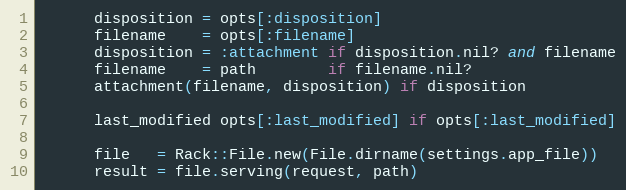
Language: Ruby
      disposition = opts[:disposition]
      filename    = opts[:filename]
      disposition = :attachment if disposition.nil? and filename
      filename    = path        if filename.nil?
      attachment(filename, disposition) if disposition

      last_modified opts[:last_modified] if opts[:last_modified]

      file   = Rack::File.new(File.dirname(settings.app_file))
      result = file.serving(request, path)